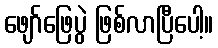
ဖျော်ဖြေပွဲ ဖြစ်လာပြီပေါ့။